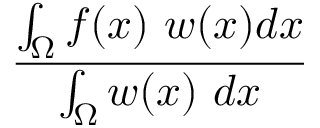
\frac { \int _ { \Omega } f ( x ) \ w ( x ) d x } { \int _ { \Omega } w ( x ) \ d x }